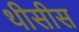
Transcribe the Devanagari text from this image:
थीसीस